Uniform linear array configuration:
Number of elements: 32
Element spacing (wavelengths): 0.75
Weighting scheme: cosine
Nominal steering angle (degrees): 30
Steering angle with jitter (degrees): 30.621
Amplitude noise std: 0.05
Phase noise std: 0.05

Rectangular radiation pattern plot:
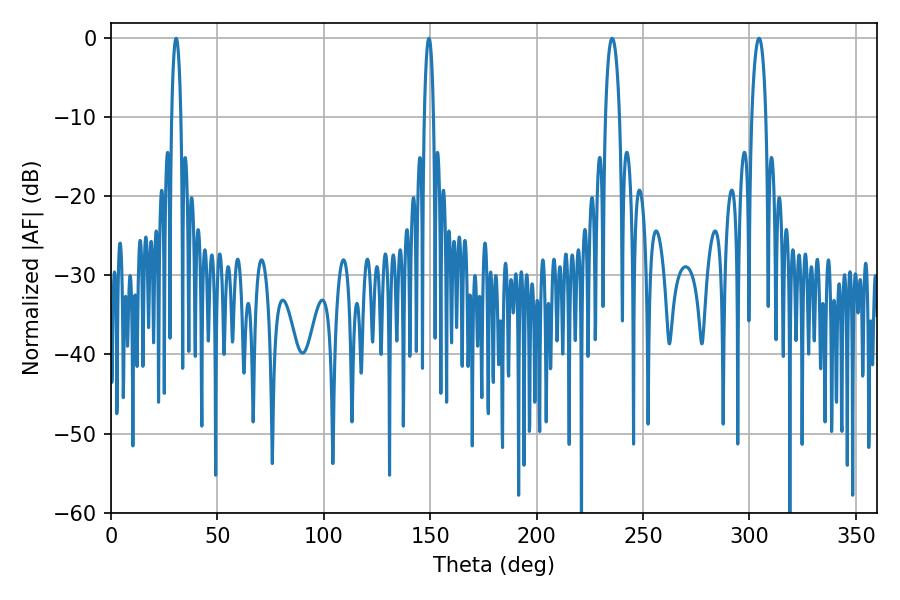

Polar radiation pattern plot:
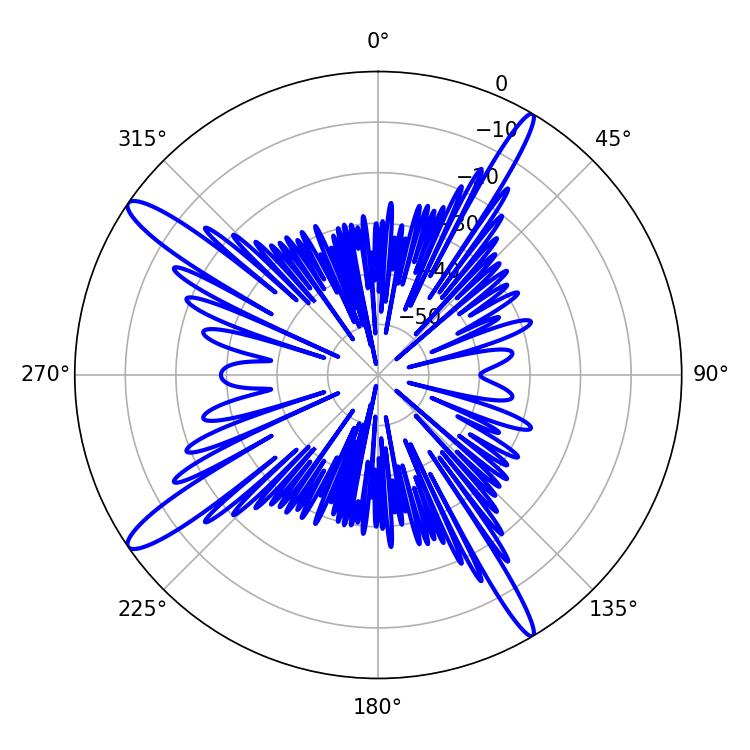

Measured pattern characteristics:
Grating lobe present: TRUE
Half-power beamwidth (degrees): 2.52
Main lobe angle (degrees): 30.6